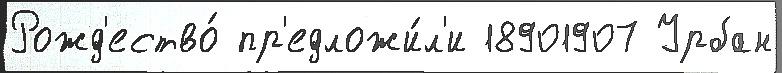
Рожд'ество́ пр'едложи́л'и 18901907 Урбан